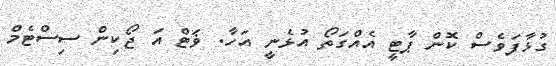
ގުޅާފަވެސް ކޮން ޕާޓީ އެއްގަތޯ އުޅެނީ އަހާ. ޥަޓް އަ ޖޯކިން ސިސްޓެމް